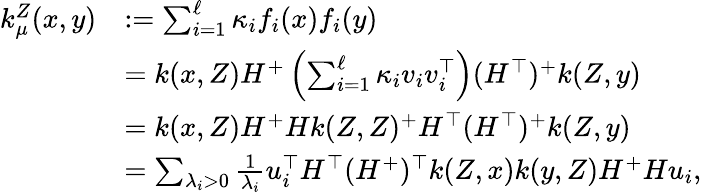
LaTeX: \begin{array}{rl}{k_{\mu}^{Z}(x,y)}&{:=\sum_{i=1}^{\ell}\kappa_{i}f_{i}(x)f_{i}(y)}\\ &{=k(x,Z)H^{+}\left(\sum_{i=1}^{\ell}\kappa_{i}v_{i}v_{i}^{\top}\right)(H^{\top})^{+}k(Z,y)}\\ &{=k(x,Z)H^{+}Hk(Z,Z)^{+}H^{\top}(H^{\top})^{+}k(Z,y)}\\ &{=\sum_{\lambda_{i}>0}\frac 1{\lambda_{i}}u_{i}^{\top}H^{\top}(H^{+})^{\top}k(Z,x)k(y,Z)H^{+}Hu_{i},}\end{array}